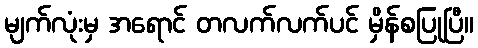
မျက်လုံးမှ အရောင် တလက်လက်ပင် မှိန်စပြုပြီ။